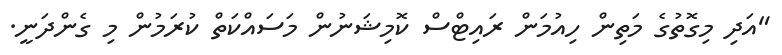
"އަދި މިގޮތުގެ މަތިން ހިއުމަން ރައިޓްސް ކޮމިޝަނުން މަސައްކަތް ކުރަމުން މި ގެންދަނީ.